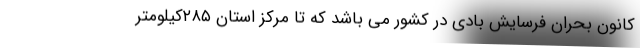
کانون بحران فرسایش بادی در کشور می باشد که تا مرکز استان ۲۸۵کیلومتر